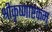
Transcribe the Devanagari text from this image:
श्रीकृष्णाष्टकम्‌